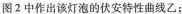
图2中作出该灯泡的伏安特性曲线乙：